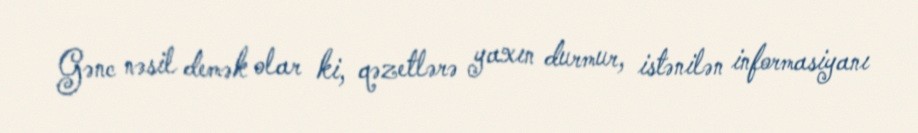
Gənc nəsil demək olar ki, qəzetlərə yaxın durmur, istənilən informasiyanı